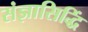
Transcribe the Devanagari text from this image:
संज्ञासिद्धिं